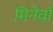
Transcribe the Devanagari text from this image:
मिनेर्वा